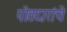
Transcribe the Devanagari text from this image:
पोतदारांचे